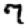
Digit: 7